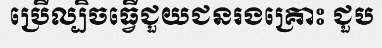
ប្រើល្បិចធ្វើជួយជនរងគ្រោះ ជួប